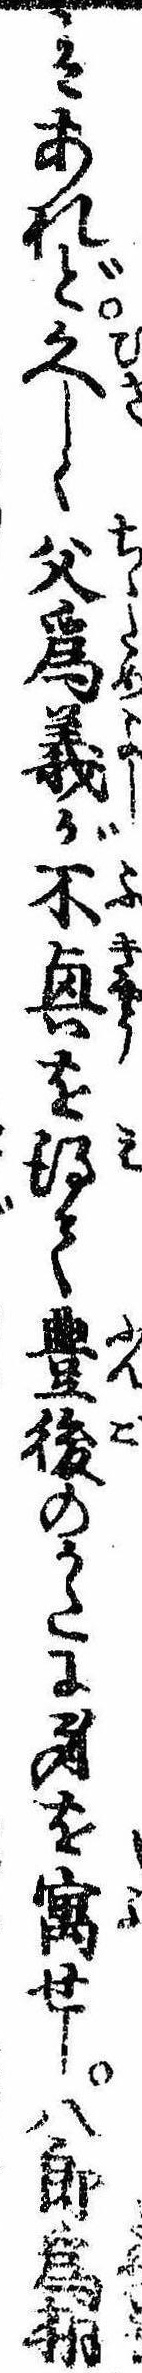
はあれど久しく父為義が不興を得て豊後のかたに身を寓せし八郎為朝